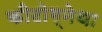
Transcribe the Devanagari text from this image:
कीटोग्नेथा